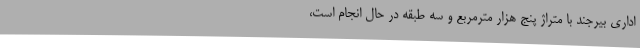
اداری بیرجند با متراژ پنج هزار مترمربع و سه طبقه در حال انجام است،